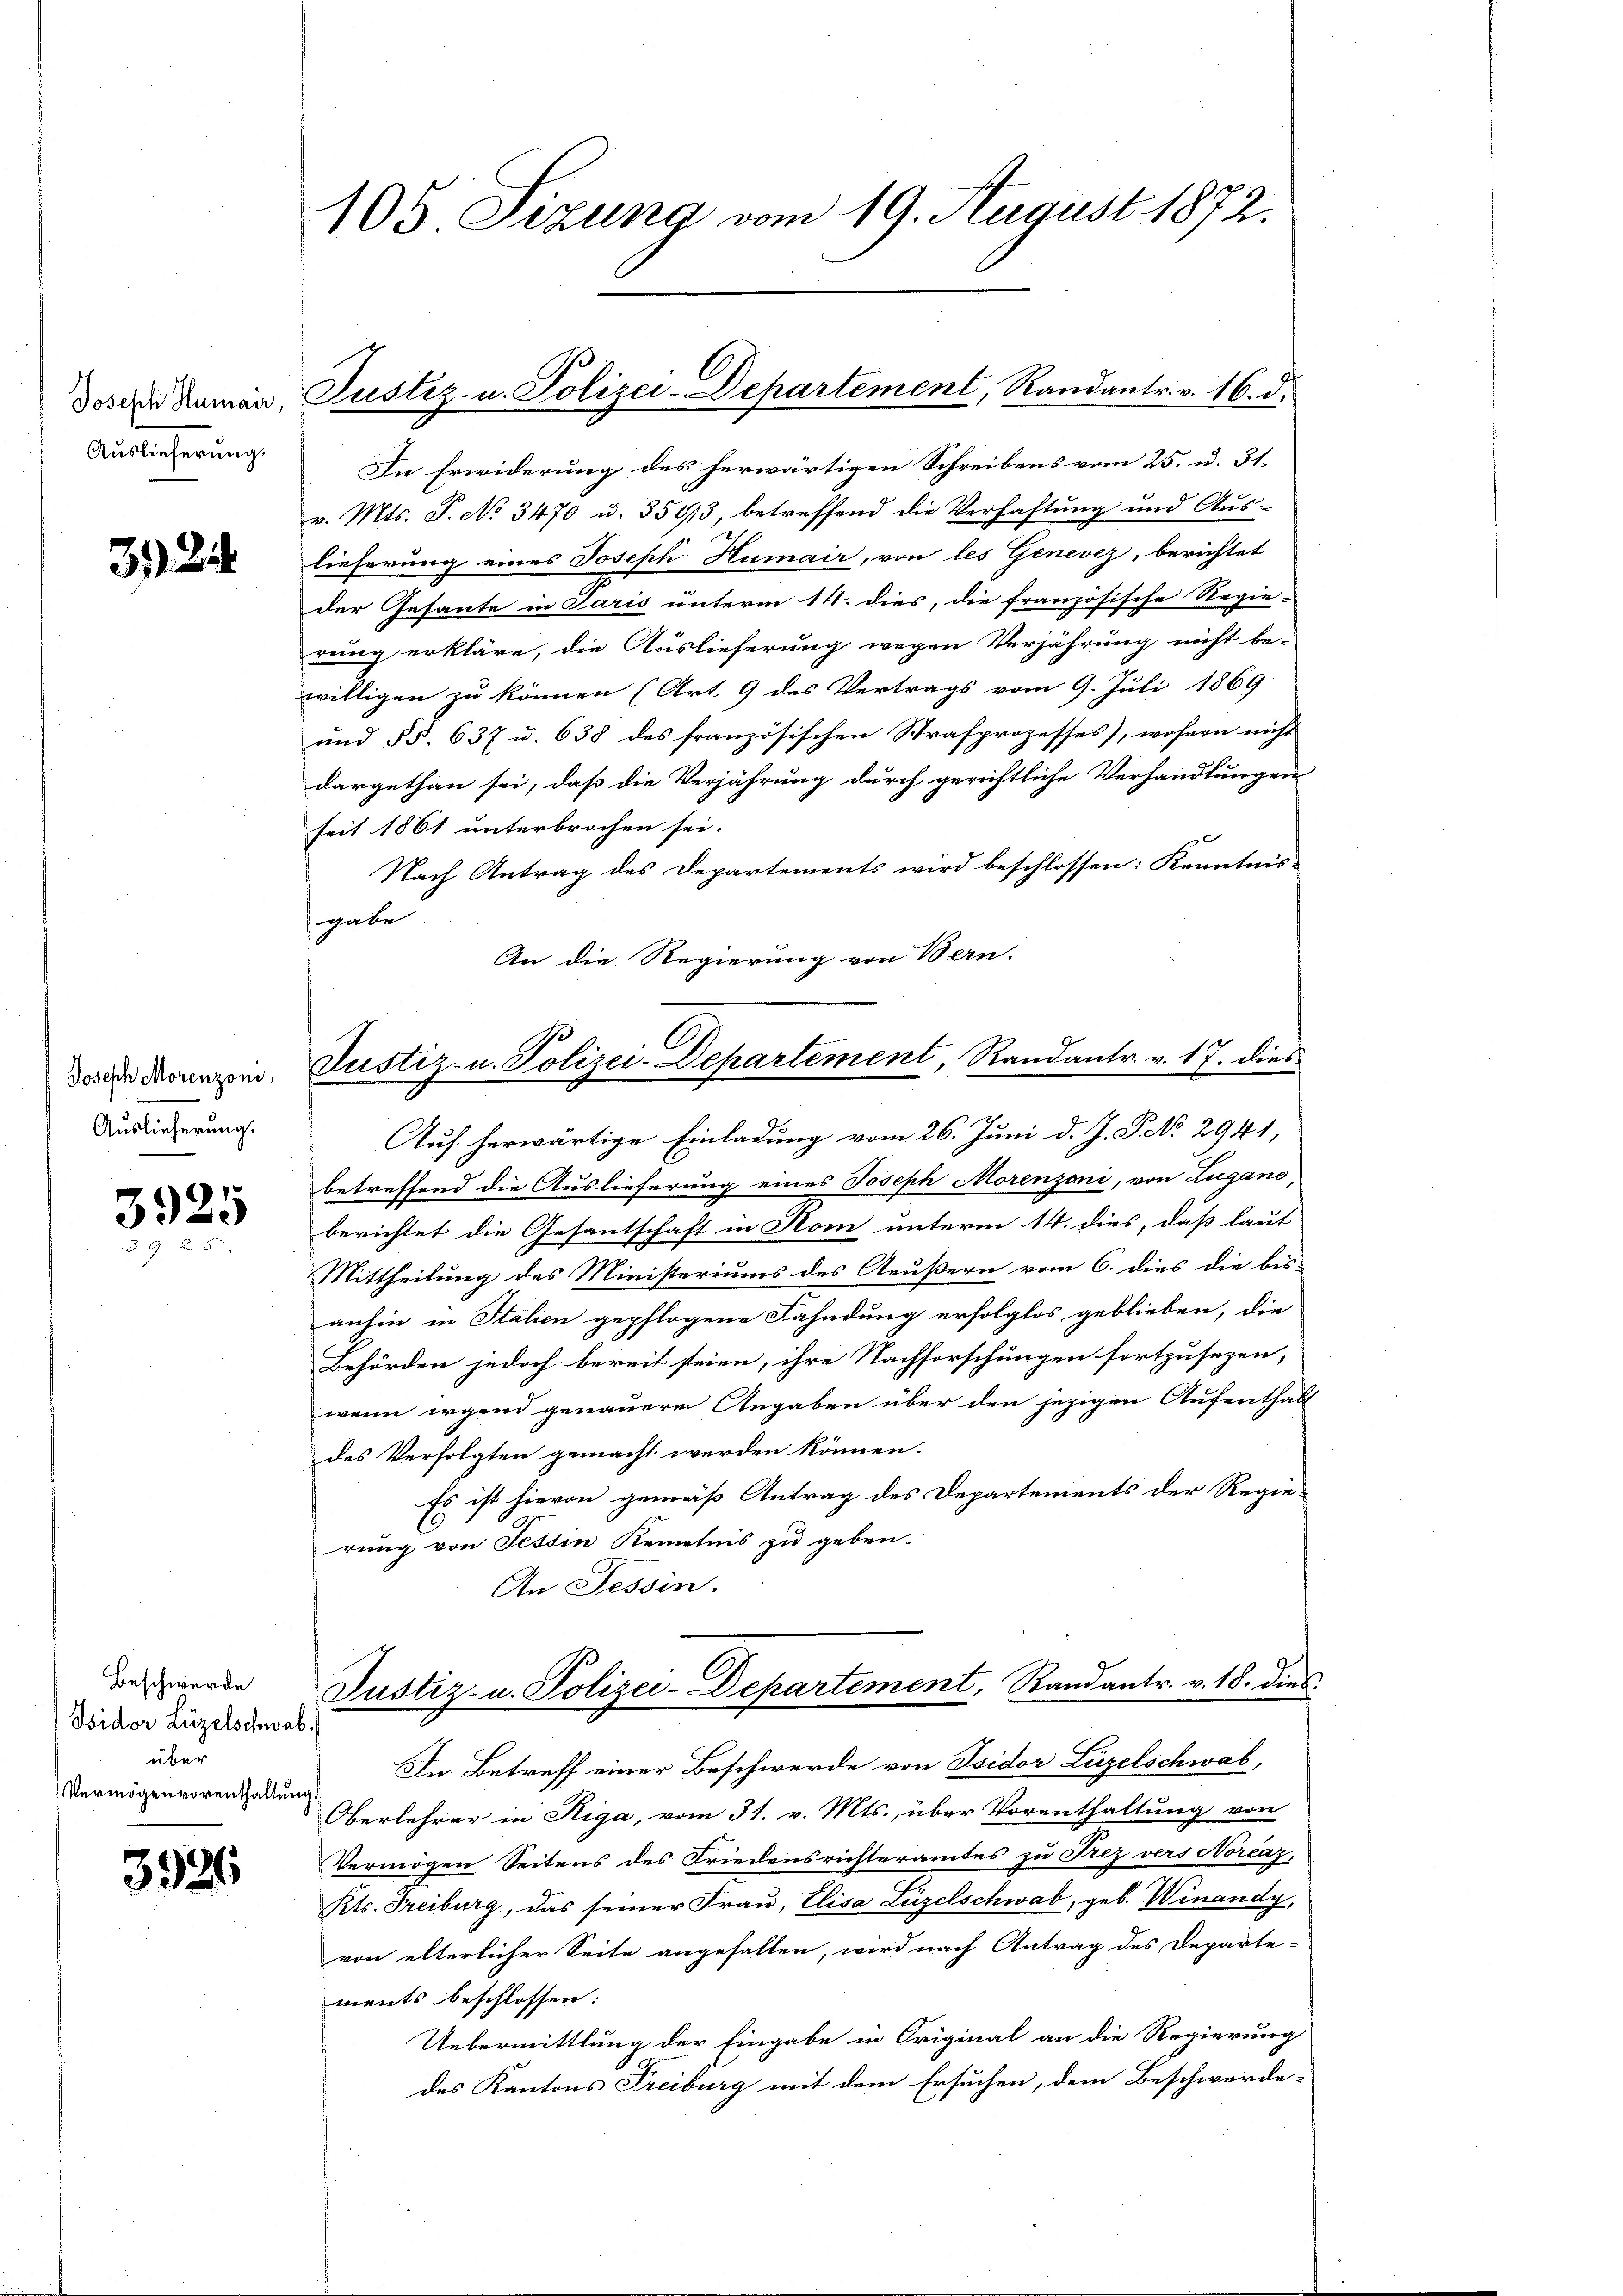
Joseph Human,
Auslieferung.

32

Joseph Morenzoni,
Auslieferung.

3925

Beschwerde
Isidor Lizelschwab
über
Vermögenvorenthaltung

3925

105 Sizung vom 19. August 1872.

¬

Justiz- u. Polizei-Departement, Randantr. v. 16. d.

Justiz- u. Polizei-Departement, Randantr. v. 17. dies

In Erwiderung des herwärtigen Schreibens vom 25. u. 31.
v. Mts. S. No 3470 u. 3593, betreffend die Verhaftung und Aus-
lieferung eines Joseph Humair, von les Genevez, berichtet
der Gesante in Saris unterm 14. dies, die französische Regie-
rung erkläre, die Auslieferung wegen Verjährung nicht be-
willigen zu können (Art. 9 des Vertrags vom 9. Juli 1869
und § §. 637 u. 638 des französischen Strafprozesses), wofern nicht
dargethan sei, daß die Verjährung durch gerichtliche Verhandlungen
seit 1861 unterbrochen sei.
Nach Antrag des Departements wird beschlossen: Kenntnis-
gabe
An die Regierung von Bern.
Auf herwärtige Einladung vom 26. Juni d. J. P. No 2941,
betreffend die Auslieferung eines Joseph Morenzoni, von Lugano,
berichtet die Gesantschaft in Rom unterm 14. dies, daß laut
Mittheilung des Ministeriums des Aeußern vom 6. dies die bis-
anhin in Italien gepflogene Fahndung erfolglos geblieben, die
Behörden jedoch bereit steien, ihre Nachforschungen fortzusezen,
wenn irgend genauere Angaben über den jezigen Aufenthalt
des Verfolgten gemacht werden können.
Es ist hievon gemäß Antrag des Departements der Regie-
C
rung von Tessin Kenntnis zu geben.
An Tessin.
Justiz- u. Polizei-Departement, Randantr. v. 18. dies
In Betreff einer Beschwerde von Isidor Luzelschwab,
Oberlehrer in Riga, vom 31. v. Mts., über Vorenthaltung von
Vermögen Seitens des Friedensrichteramtes zu Frez vers Norčaz,
Kts. Freiburg, das seiner Frau, Elisa Luzelschwab, geb. Winandy,
von elterlicher Seite angefallen, wird nach Antrag des Departe-
ments beschlossen:
Uebermittlung der Eingabe in Original an die Regierung
des Kantons Freiburg mit dem Ersuchen, dem Beschwerde-